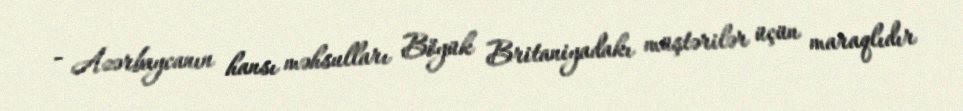
- Azərbaycanın hansı məhsulları Böyük Britaniyadakı müştərilər üçün maraqlıdır